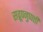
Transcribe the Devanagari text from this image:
सव्रूपनुप्पत्ती